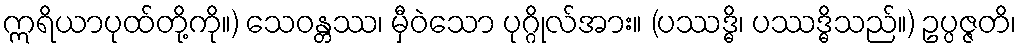
ဣရိယာပုထ်တို့ကို။) သေဝန္တဿ၊ မှီဝဲသော ပုဂ္ဂိုလ်အား။ (ပဿဒ္ဓိ၊ ပဿဒ္ဓိသည်။) ဥပ္ပဇ္ဇတိ၊